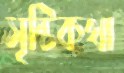
সৃষ্টিকথা